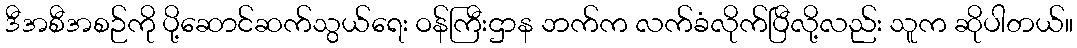
ဒီအစီအစဉ်ကို ပို့ဆောင်ဆက်သွယ်ရေး ဝန်ကြီးဌာန ဘက်က လက်ခံလိုက်ပြီလို့လည်း သူက ဆိုပါတယ်။